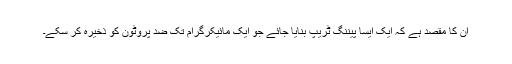
ان کا مقصد ہے کہ ایک ایسا پیننگ ٹریپ بنایا جائے جو ایک مائیکرگرام تک ضد پروٹون کو ذخیرہ کر سکے۔